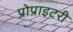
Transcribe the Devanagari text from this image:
प्रोप्राइटरी